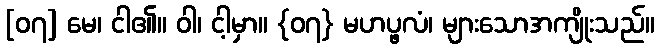
[၀၇] မေ၊ ငါ၏။ ဝါ၊ ငါ့မှာ။ {၀၇} မဟပ္ဖလံ၊ များသောအကျိုးသည်။